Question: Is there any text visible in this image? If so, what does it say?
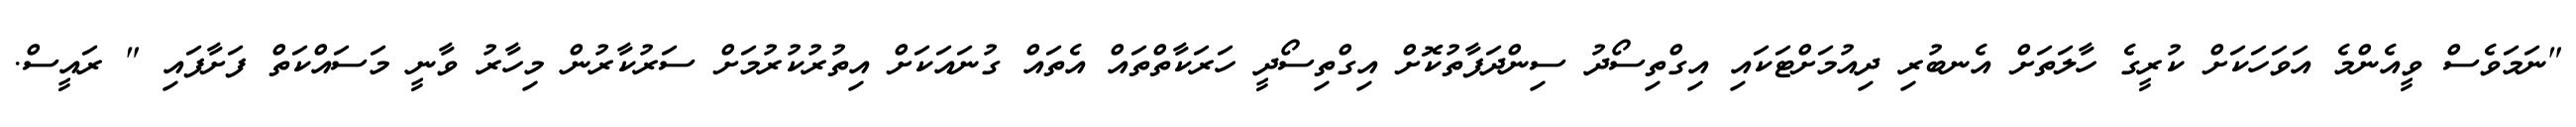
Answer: "ނަމަވެސް ވީއެންމެ އަވަހަކަށް ކުރީގެ ހާލަތަށް އެނބުރި ދިއުމަށްޓަކައި އިގްތިސޯދު ސިންދަފާތުކޮށް އިގްތިސޯދީ ހަރަކާތްތައް އެތައް ގުނައަކަށް އިތުރުކުރުމަށް ސަރުކާރުން މިހާރު ވާނީ މަސައްކަތް ފަށާފައި " ރައީސް.